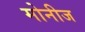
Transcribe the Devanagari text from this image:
मोनीज